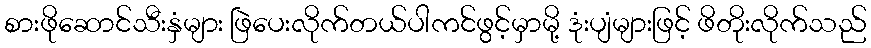
စားဖိုဆောင်သီးနှံများ ဖြဲပေးလိုက်တယ်ပါကင်ဖွင့်မှာမို့ ဒုံးပျံများဖြင့် ဖိတိုးလိုက်သည်